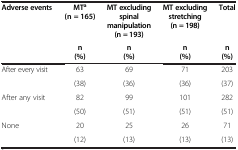
| <ROWSPAN=3> Adverse events | MTa (n = 165) | MT excluding spinal manipulation (n = 193) | MT excluding stretching (n = 198) | Total |
 | n | n | n | n |
 | (%) | (%) | (%) | (%) |
 | --- | --- | --- | --- | --- |
 | <ROWSPAN=2> After every visit | 63 | 69 | 71 | 203 |
 | (38) | (36) | (36) | (37) |
 | <ROWSPAN=2> After any visit | 82 | 99 | 101 | 282 |
 | (50) | (51) | (51) | (51) |
 | <ROWSPAN=2> None | 20 | 25 | 26 | 71 |
 | (12) | (13) | (13) | (13) |